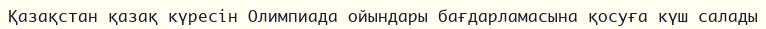
Қазақстан қазақ күресін Олимпиада ойындары бағдарламасына қосуға күш салады